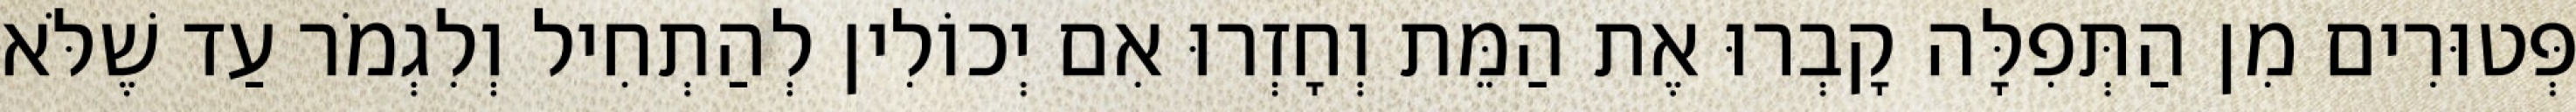
פְּטוּרִים מִן הַתְּפִלָּה קָבְרוּ אֶת הַמֵּת וְחָזְרוּ אִם יְכוֹלִין לְהַתְחִיל וְלִגְמֹר עַד שֶׁלֹּא